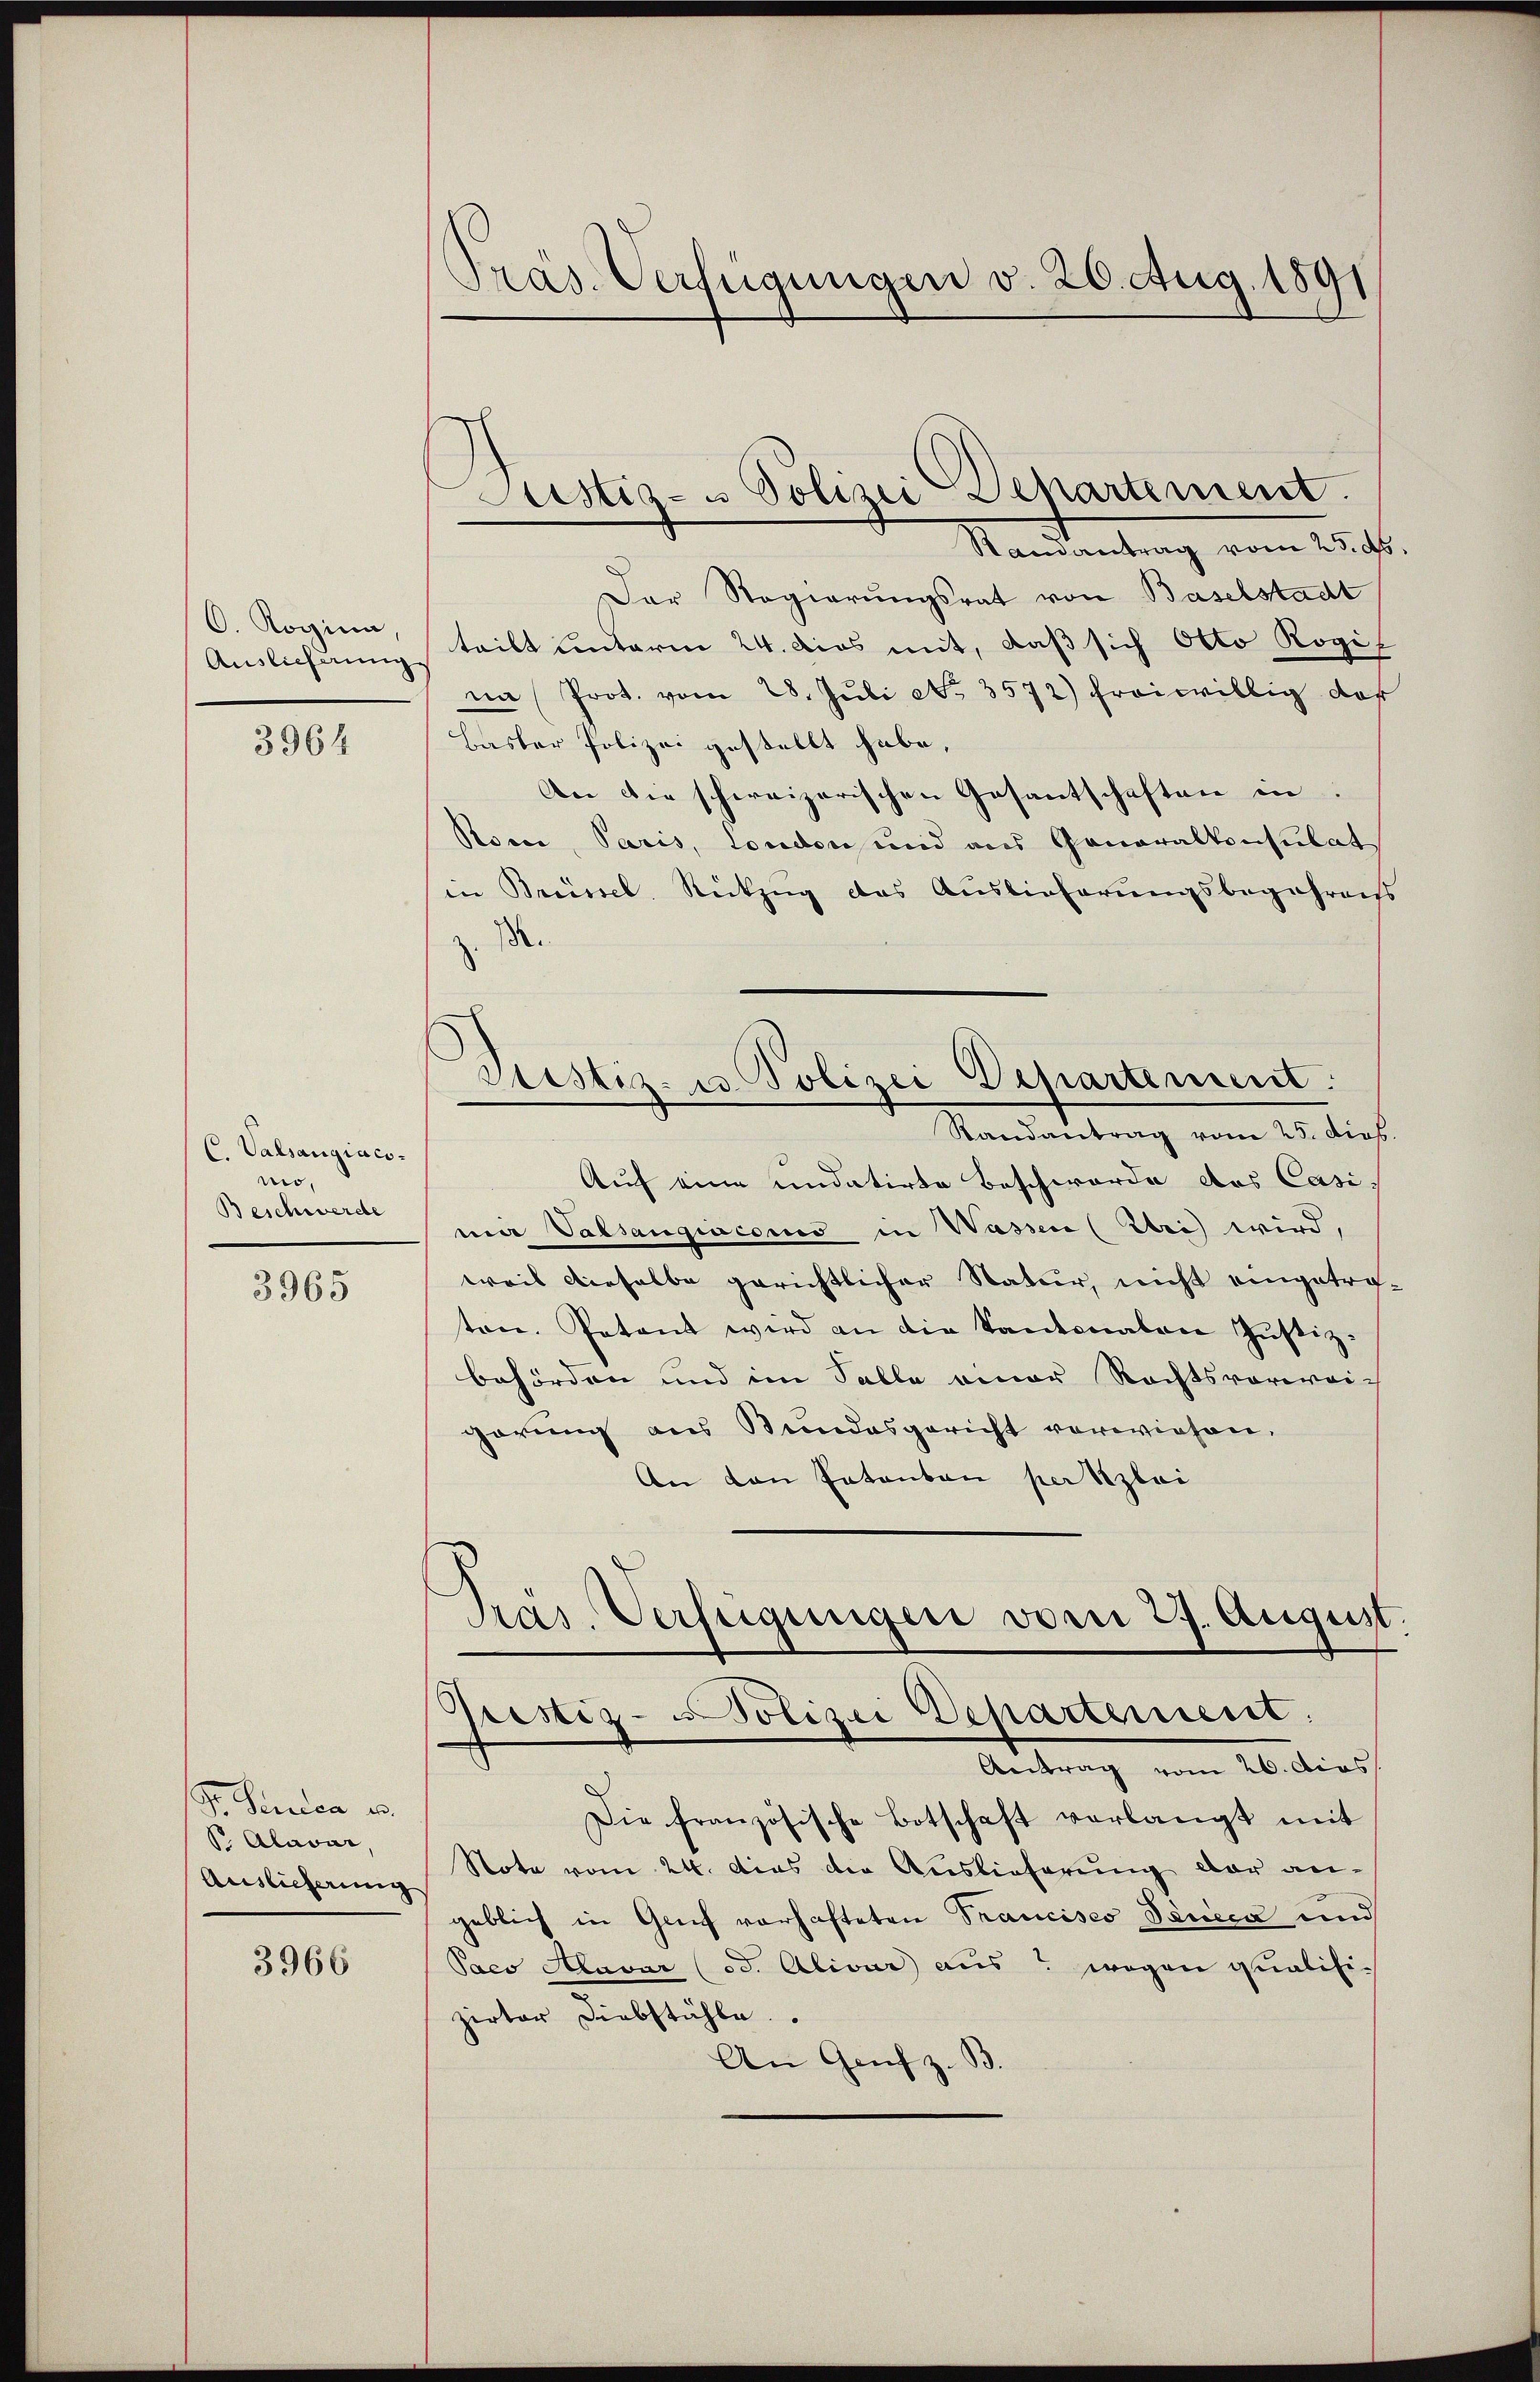
O. Rogina
Auslieferung

3964

C. Valsangiacomo,
Beschwerde

3965

S. Parten u.
S. Alavar,
Auslieferung

3966

Präs. Verfügungen v. 20. Aug. 1891

Justiz- u Polizei Departement.

Pristiz- u Polizei Departement:

Randantrag vom 25. d.
Der Regierungsrat von Baselstadt
teilt unterm 24. dies mit, daß sich Otto Rogif
nn Prot. vom 28. Juli No. 3572) freiwillig dar
Baster Polizei gestellt habe,
An die schweizerischen Gesantschaften in
Rorce, Paris, London und aus Generalkonsulat
in Brüssel, Rückzug das Auslieferungsbegehrens
z. B.
Randantrag vom 25. dies
Auf eine undatirte Beschwerde des Casi-
nii Valsangiacoms in Wassen (Zei wird,
weil dieselbe gerichtlicher Natur, nicht eingetraten. Petent wird an die Kantonaten Justiz-
behörden und im Falle einer Rechtsvorwei-
görung aus Stundesgericht vorwiesen,
An den Patenten per Szlai
Präs. Verfügungen vom 27. August.
Gristiz-Polizei Departement.
Antrag vom 20. dies
Die französische Botschaft verlangt mit
Note vom 24. dies die Auslieferung der an-
geblich in Genf vorhafteten Trancisco Teucca und
Paco Alavar (od. Alivar aus wegen qualifizirter Diebstähle
An Genf z. B.